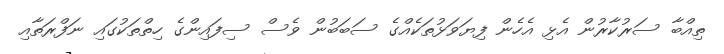
ތިއްބާ ސަރުކާރުން އެޅި އެހެން ފިޔަވަޅުތަކެއްގެ ސަބަބުން ވެސް ސިފައިންގެ ހިތްތަކުގައި ނަފްރަތާއި